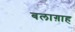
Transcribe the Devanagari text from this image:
बलाग़ाह